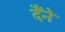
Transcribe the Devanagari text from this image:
दैंने